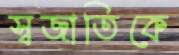
স্বজাতিকে